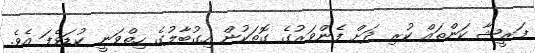
ފަރީޝާ ކަންތައް ކުރި ދަށް ފެންވަރުގެ ގޮތަކުން އިގުބާލުގެ ހިތްވަނީ ކުޑަވެފަ އެވެ.